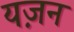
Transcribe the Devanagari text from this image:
यज़न